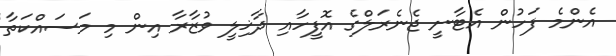
އެންމެ ފަހުން އެޓާނީ ޖެނެރަލްގެ އޮފީހާއި ދާޚިލީ ވުޒާރާ އިން މި މަސައްކަތާ